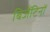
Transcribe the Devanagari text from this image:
बिजैंटिनों